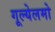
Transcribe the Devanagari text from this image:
गूल्येलमो